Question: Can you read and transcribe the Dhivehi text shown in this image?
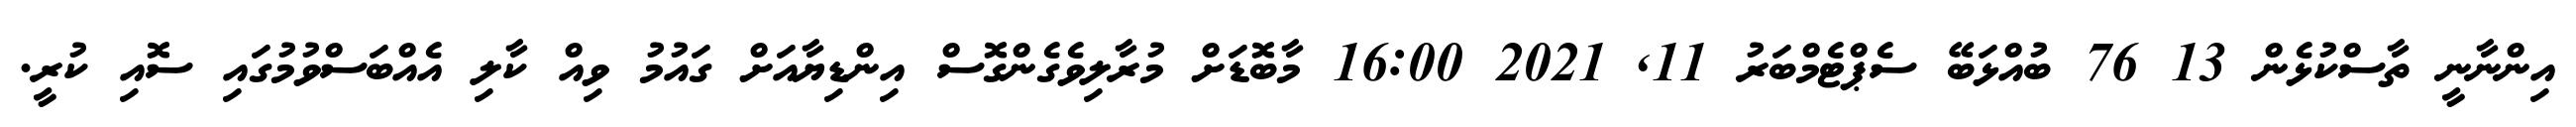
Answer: އިންނާނީ ތާސްކުޅެން 13 76 ބުއްޅަބޭ ސެޕްޓެމްބަރު 11, 2021 16:00 މާބޮޑަށް މުރާލިވެގެންގޮސް އިންޑިޔާއަށް ގައުމު ވިއް ކާލި އެއްބަސްވުމުގައި ސޮއި ކުރީ.